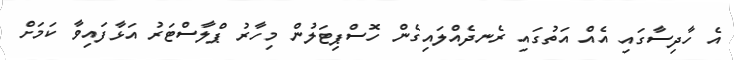
އެ ހާދިސާގައި އެއް އަތުގައި ރެނދެއްލައިގެން ހޮސްޕިޓަލުން މިހާރު ޕްލާސްޓަރު އަޅާފައިވާ ކަމަށް